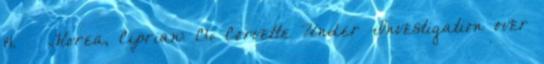
14. ↑ Florea, Ciprian: C6 Corvette Under Investigation over